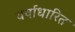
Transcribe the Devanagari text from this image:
वर्षाधारित